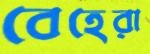
বেহেরা